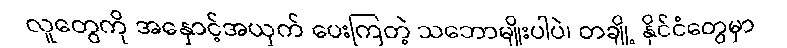
လူတွေကို အနှောင့်အယှက် ပေးကြတဲ့ သဘောမျိုးပါပဲ၊ တချို့ နိုင်ငံတွေမှာ